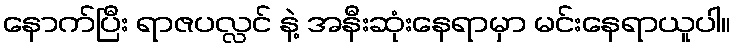
နောက်ပြီး ရာဇပလ္လင် နဲ့ အနီးဆုံးနေရာမှာ မင်းနေရာယူပါ။